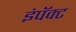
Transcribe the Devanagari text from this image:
इंपॅक्ट